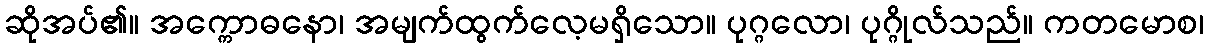
ဆိုအပ်၏။ အက္ကောဓနော၊ အမျက်ထွက်လေ့မရှိသော။ ပုဂ္ဂလော၊ ပုဂ္ဂိုလ်သည်။ ကတမောစ၊